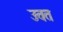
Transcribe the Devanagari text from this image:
उवत